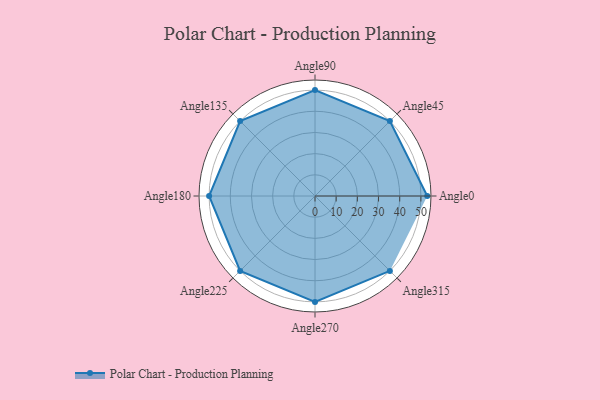
{"axis": {"x": "Angle", "y": "Radius"}, "legend": [""], "data": [{"x": "Angle0", "y": 53.0, "type": ""}, {"x": "Angle45", "y": 50, "type": ""}, {"x": "Angle90", "y": 50, "type": ""}, {"x": "Angle135", "y": 50, "type": ""}, {"x": "Angle180", "y": 50, "type": ""}, {"x": "Angle225", "y": 50, "type": ""}, {"x": "Angle270", "y": 50, "type": ""}, {"x": "Angle315", "y": 50, "type": ""}]}